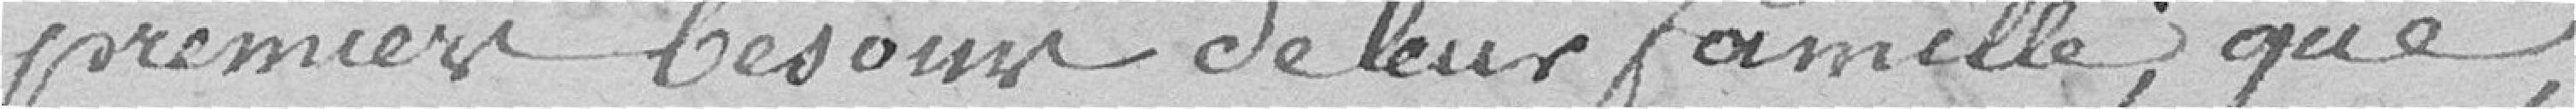
premiers besoins de leur famille, que